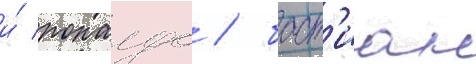
и́ роналдо / баст'иан